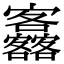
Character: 𡬚